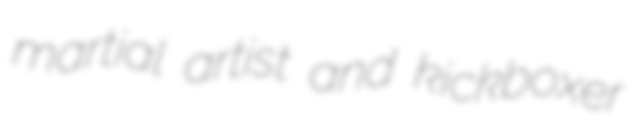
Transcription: martial artist and kickboxer